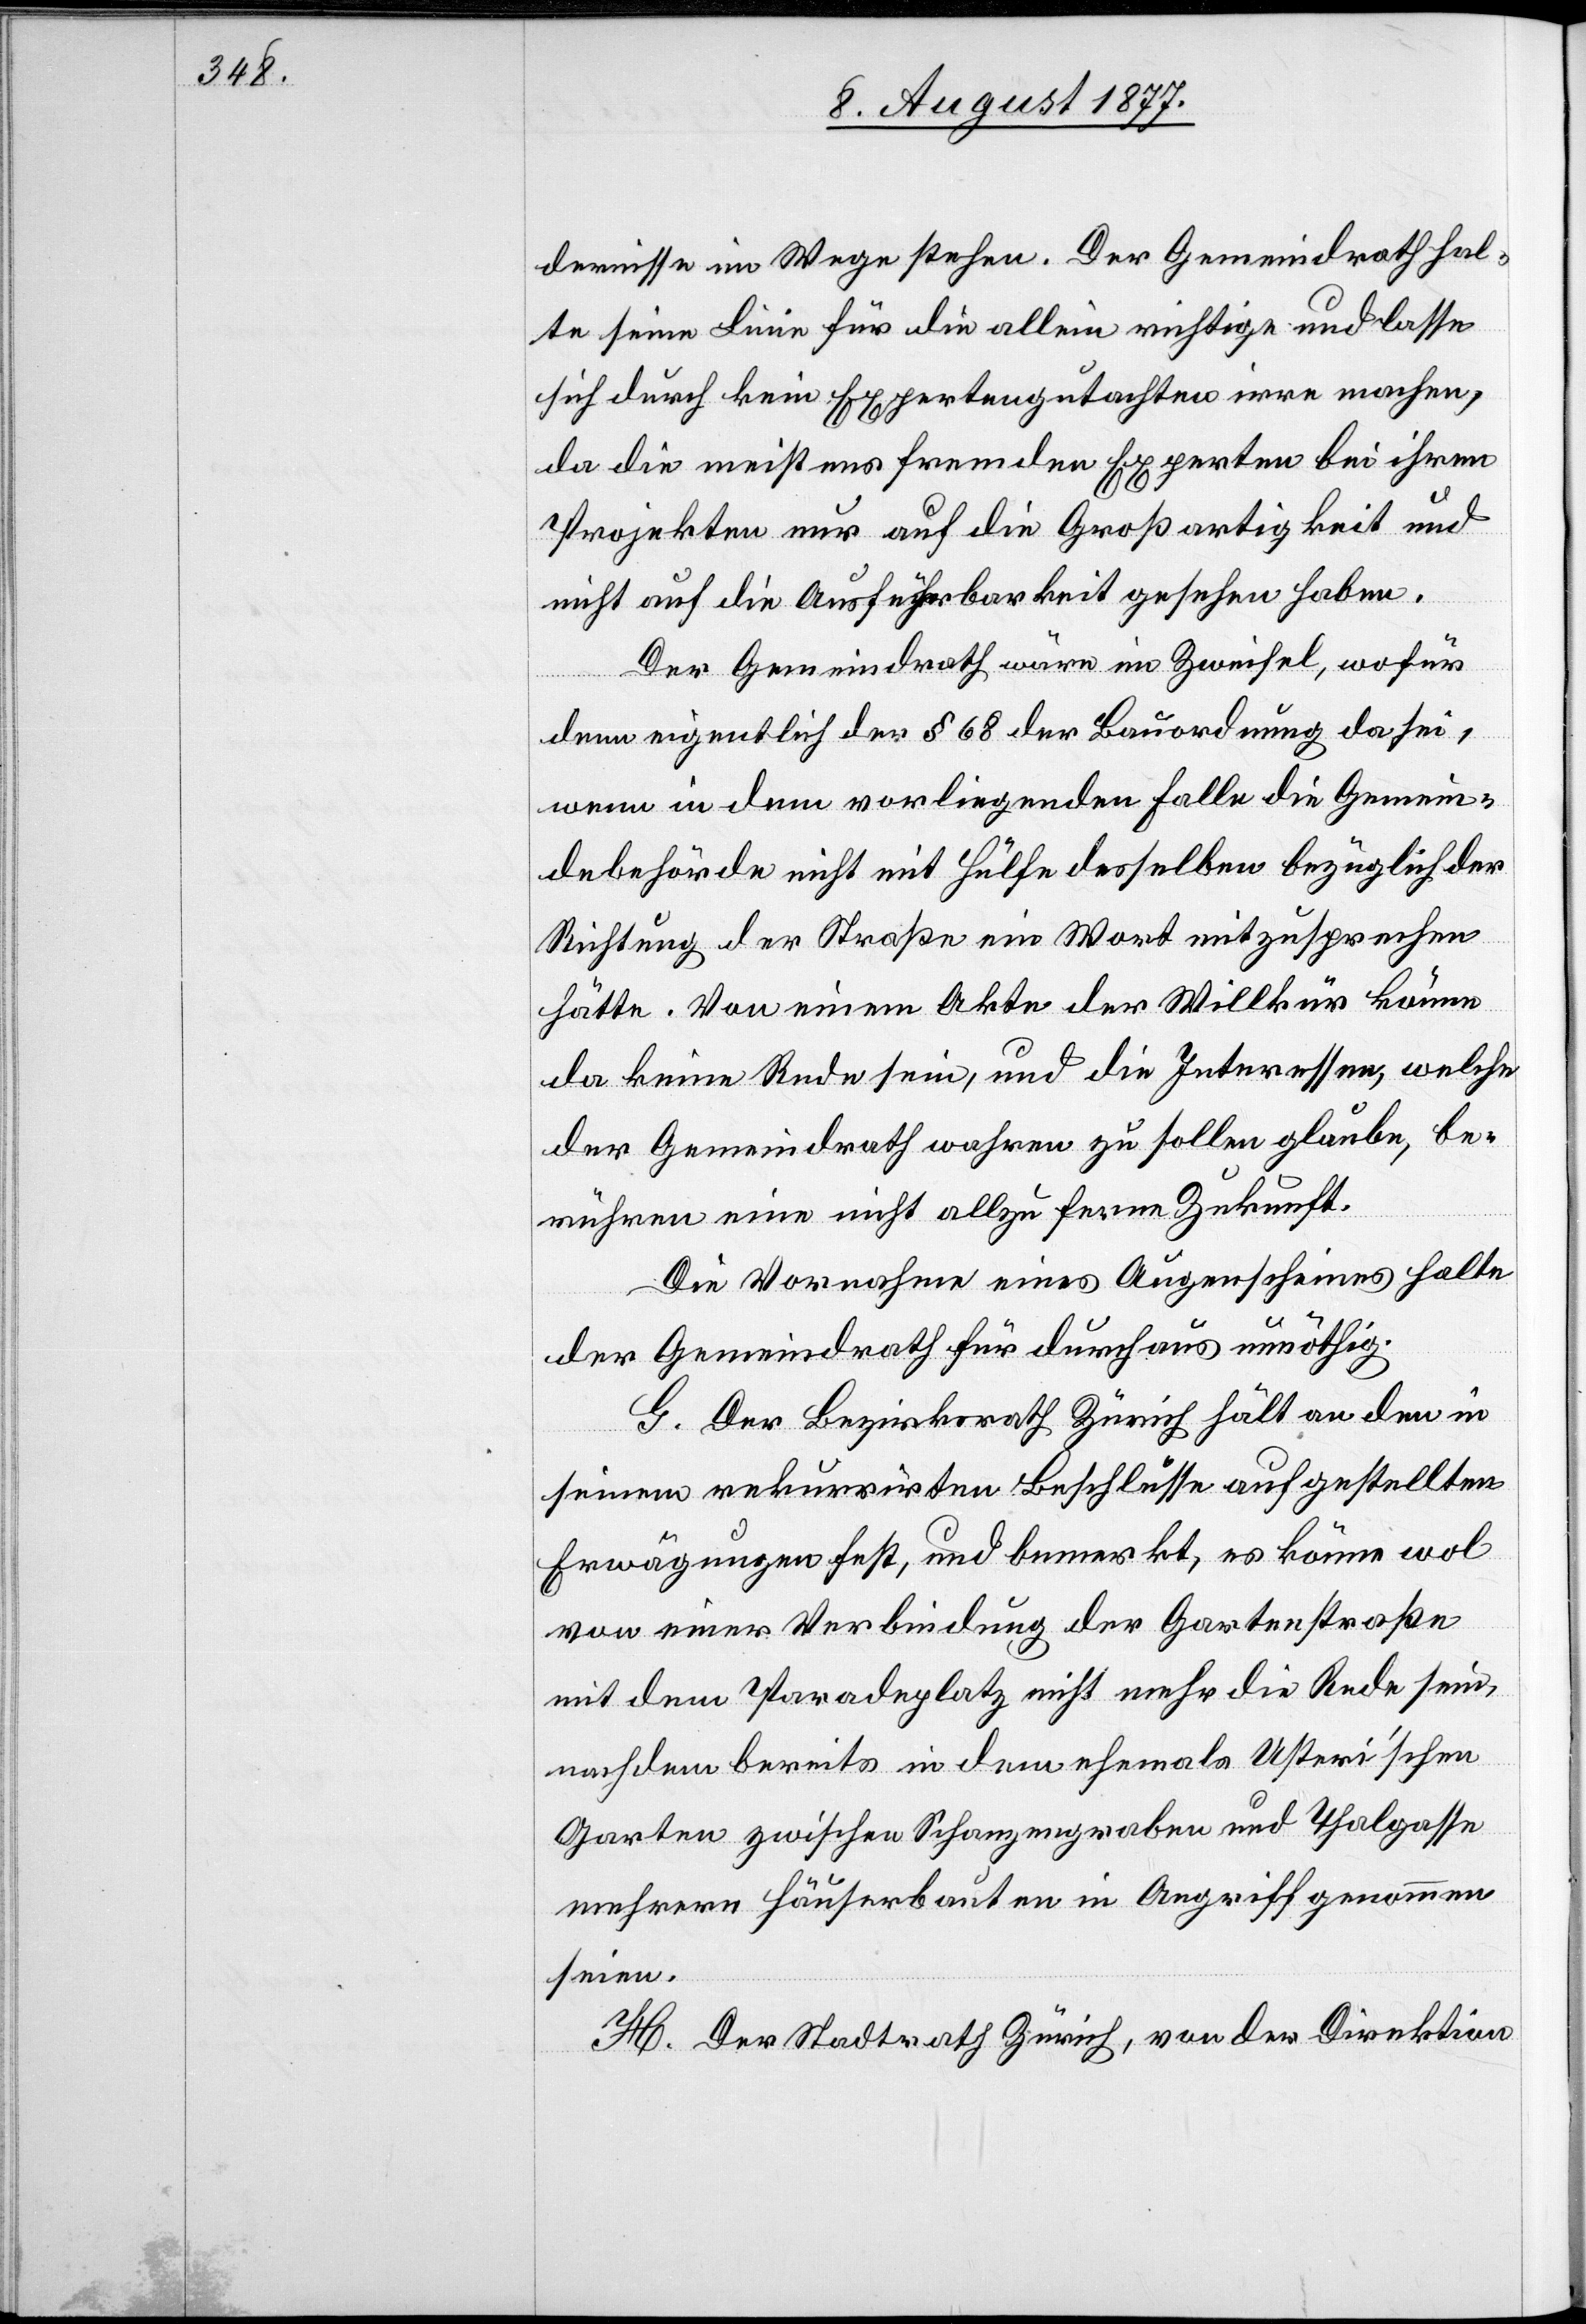
dernisse im Wege stehen. Der Gemeindrath hal¬
te seine Linie für die allein richtige und lasse
sich durch kein Expertengutachten irre machen,
da die meistens fremden Experten bei ihren
Projekten nur auf die Großartigkeit und
nicht auf die Ausführbarkeit gesehen haben.
Der Gemeindrath wäre im Zweifel, wofür
denn eigentlich der § 68 der Bauordnung da sei,
wenn in dem vorliegenden Falle die Gemein¬
debehörde nicht mit Hülfe desselben bezüglich der
Richtung der Straße ein Wort mitzusprechen
hätte. Von einem Akte der Willkür könne
da keine Rede sein, und die Interessen, welche
der Gemeindrath wahren zu sollen glaube, be¬
rühren eine nicht allzu ferne Zukunft.
Die Vornahme eines Augenscheines halte
der Gemeindrath für durchaus unnöthig.
G. Der Bezirksrath Zürich hält an den in
seinem rekurrirten Beschlusse aufgestellten
Erwägungen fest, und bemerkt, es könne wol
von einer Verbindung der Gartenstraße
mit dem Paradeplatz nicht mehr die Rede sein,
nachdem bereits in dem ehemals Usteri’schen
Garten zwischen Schanzengraben und Thalgasse
mehrere Häuserbauten in Angriff genommen
seien.
H. Der Stadtrath Zürich, von der Direktion